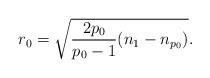
LaTeX: \begin{align*} r_0=\sqrt{\frac{2p_0}{p_0-1}(n_1-n_{p_0})}.\end{align*}